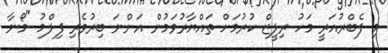
މި ފެބްރުއަރީ މަހު ރިލީޒް ކުރުމަށް ތައްޔާރުވަމުން އަންނަ ބިރުވެރި ފިލްމު "މޯނާ